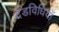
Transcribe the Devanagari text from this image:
दंडविधियाँ